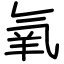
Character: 氧